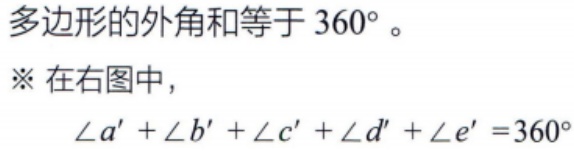
多边形的外角和等于 \(360^{\circ}\)。
※ 在右图中，
\(\angle a' + \angle b' + \angle c' + \angle d' + \angle e' = 360^{\circ}\)